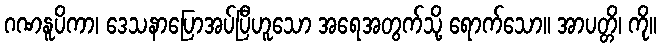
ဂဏနူပိကာ၊ ဒေသနာပြောအပ်ပြီဟူသော အရေအတွက်သို့ ရောက်သော။ အာပတ္တိ၊ ကို။